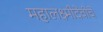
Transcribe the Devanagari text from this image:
महालक्ष्मीदेवीचे